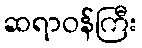
ဆရာဝန်ကြီး